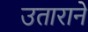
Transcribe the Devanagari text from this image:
उताराने